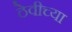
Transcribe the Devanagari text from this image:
ठेवीच्या